Document type: Sale
Year: 1461
Scribe: [Unknown]
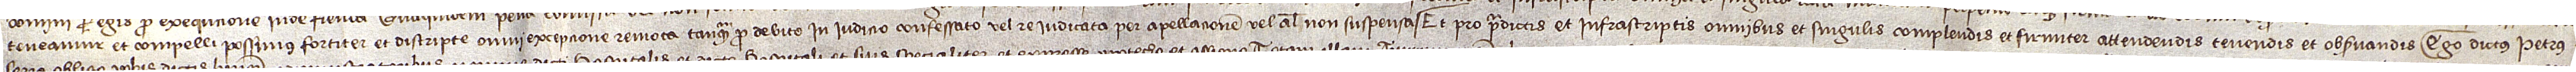
teneamur et compelli possimus fortiter et districte,  omni excepcione remota tanquam pro debito in iudicio confessato vel re iudicata per apellacionem vel aliter non suspensa. Et pro predictis et infrascriptis omnibus et singulis complendis et firmiter attendendis, tenendis et observandis, ego dictus Petrus